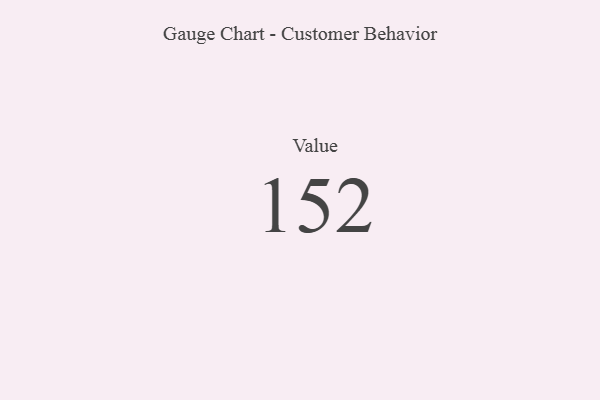
{"axis": {"x": "Metric", "y": "Value"}, "legend": [""], "data": [{"x": "Value", "y": 152, "type": ""}]}